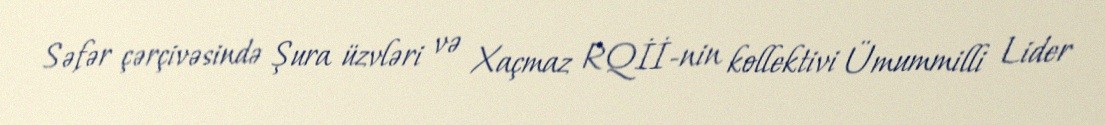
Səfər çərçivəsində Şura üzvləri və Xaçmaz RQİİ-nin kollektivi Ümummilli Lider